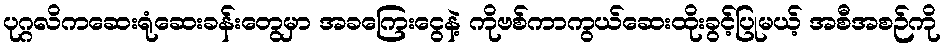
ပုဂ္ဂလိကဆေးရုံဆေးခန်းတွေမှာ အခကြေးငွေနဲ့ ကိုဗစ်ကာကွယ်ဆေးထိုးခွင့်ပြုမယ့် အစီအစဉ်ကို